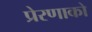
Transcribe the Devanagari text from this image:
प्रेरणाको